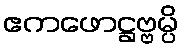
ဧကဖောဋ္ဌဗ္ဗမ္ပိ